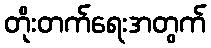
တိုးတက်ရေးအတွက်